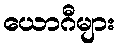
ယောဂီများ